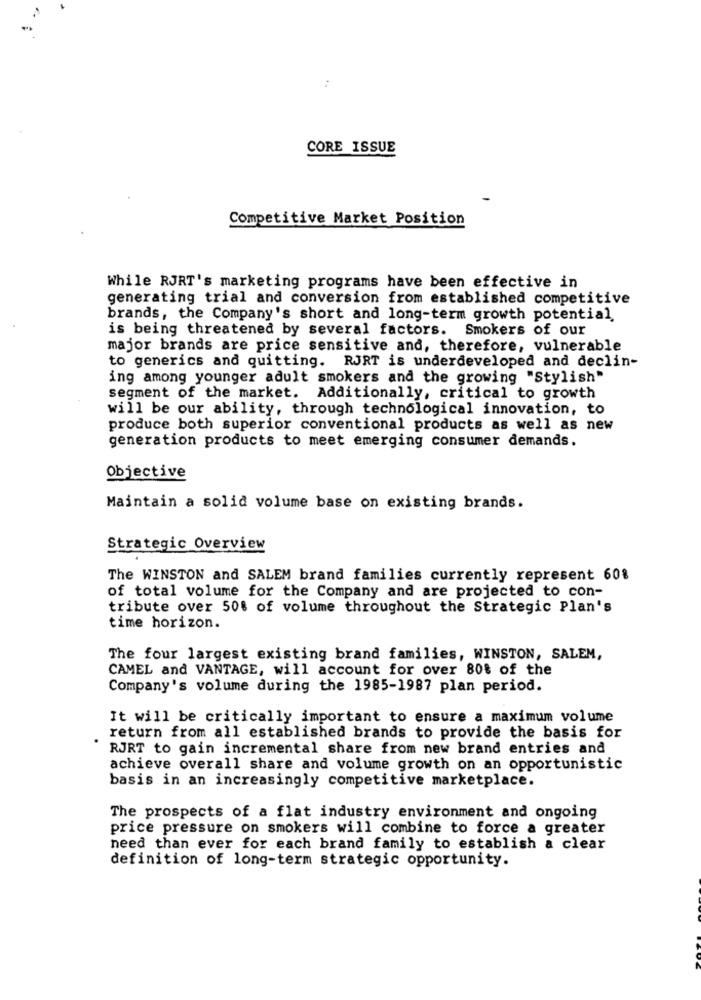
CORE ISSUE
Competitive Market Position
While RJRT's marketing programs have been effective in
generating trial and conversion from established competitive
brands, the Company's short and long-term growth potential.
is being threatened by several factors. Smokers of our
major brands are price sensitive and, therefore, vulnerable
to generics and quitting. RJRT is underdeveloped and declin-
ing among younger adult smokers and the growing "Stylish"
segment of the market. Additionally, critical to growth
will be our ability, through technological innovation, to
produce both superior conventional products as well as new
generation products to meet emerging consumer demands.
Objective
Maintain a solid volume base on existing brands.
Strategic Overview
The WINSTON and SALEM brand families currently represent 60%
of total volume for the Company and are projected to con-
tribute over 50% of volume throughout the Strategic Plan's
time horizon.
The four largest existing brand families, WINSTON, SALEM,
CAMEL and VANTAGE, will account for over 80% of the
Company's volume during the 1985-1987 plan period.
It will be critically important to ensure a maximum volume
return from all established brands to provide the basis for
RJRT to gain incremental share from new brand entries and
achieve overall share and volume growth on an opportunistic
basis in an increasingly competitive marketplace.
The prospects of a flat industry environment and ongoing
price pressure on smokers will combine to force a greater
need than ever for each brand family to establish a clear
definition of long-term strategic opportunity.